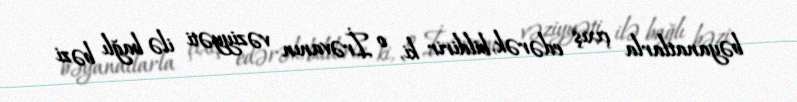
bəyanatlarla çıxış edərək, bildirir ki, o İrəvanın vəziyyəti ilə bağlı bəzi